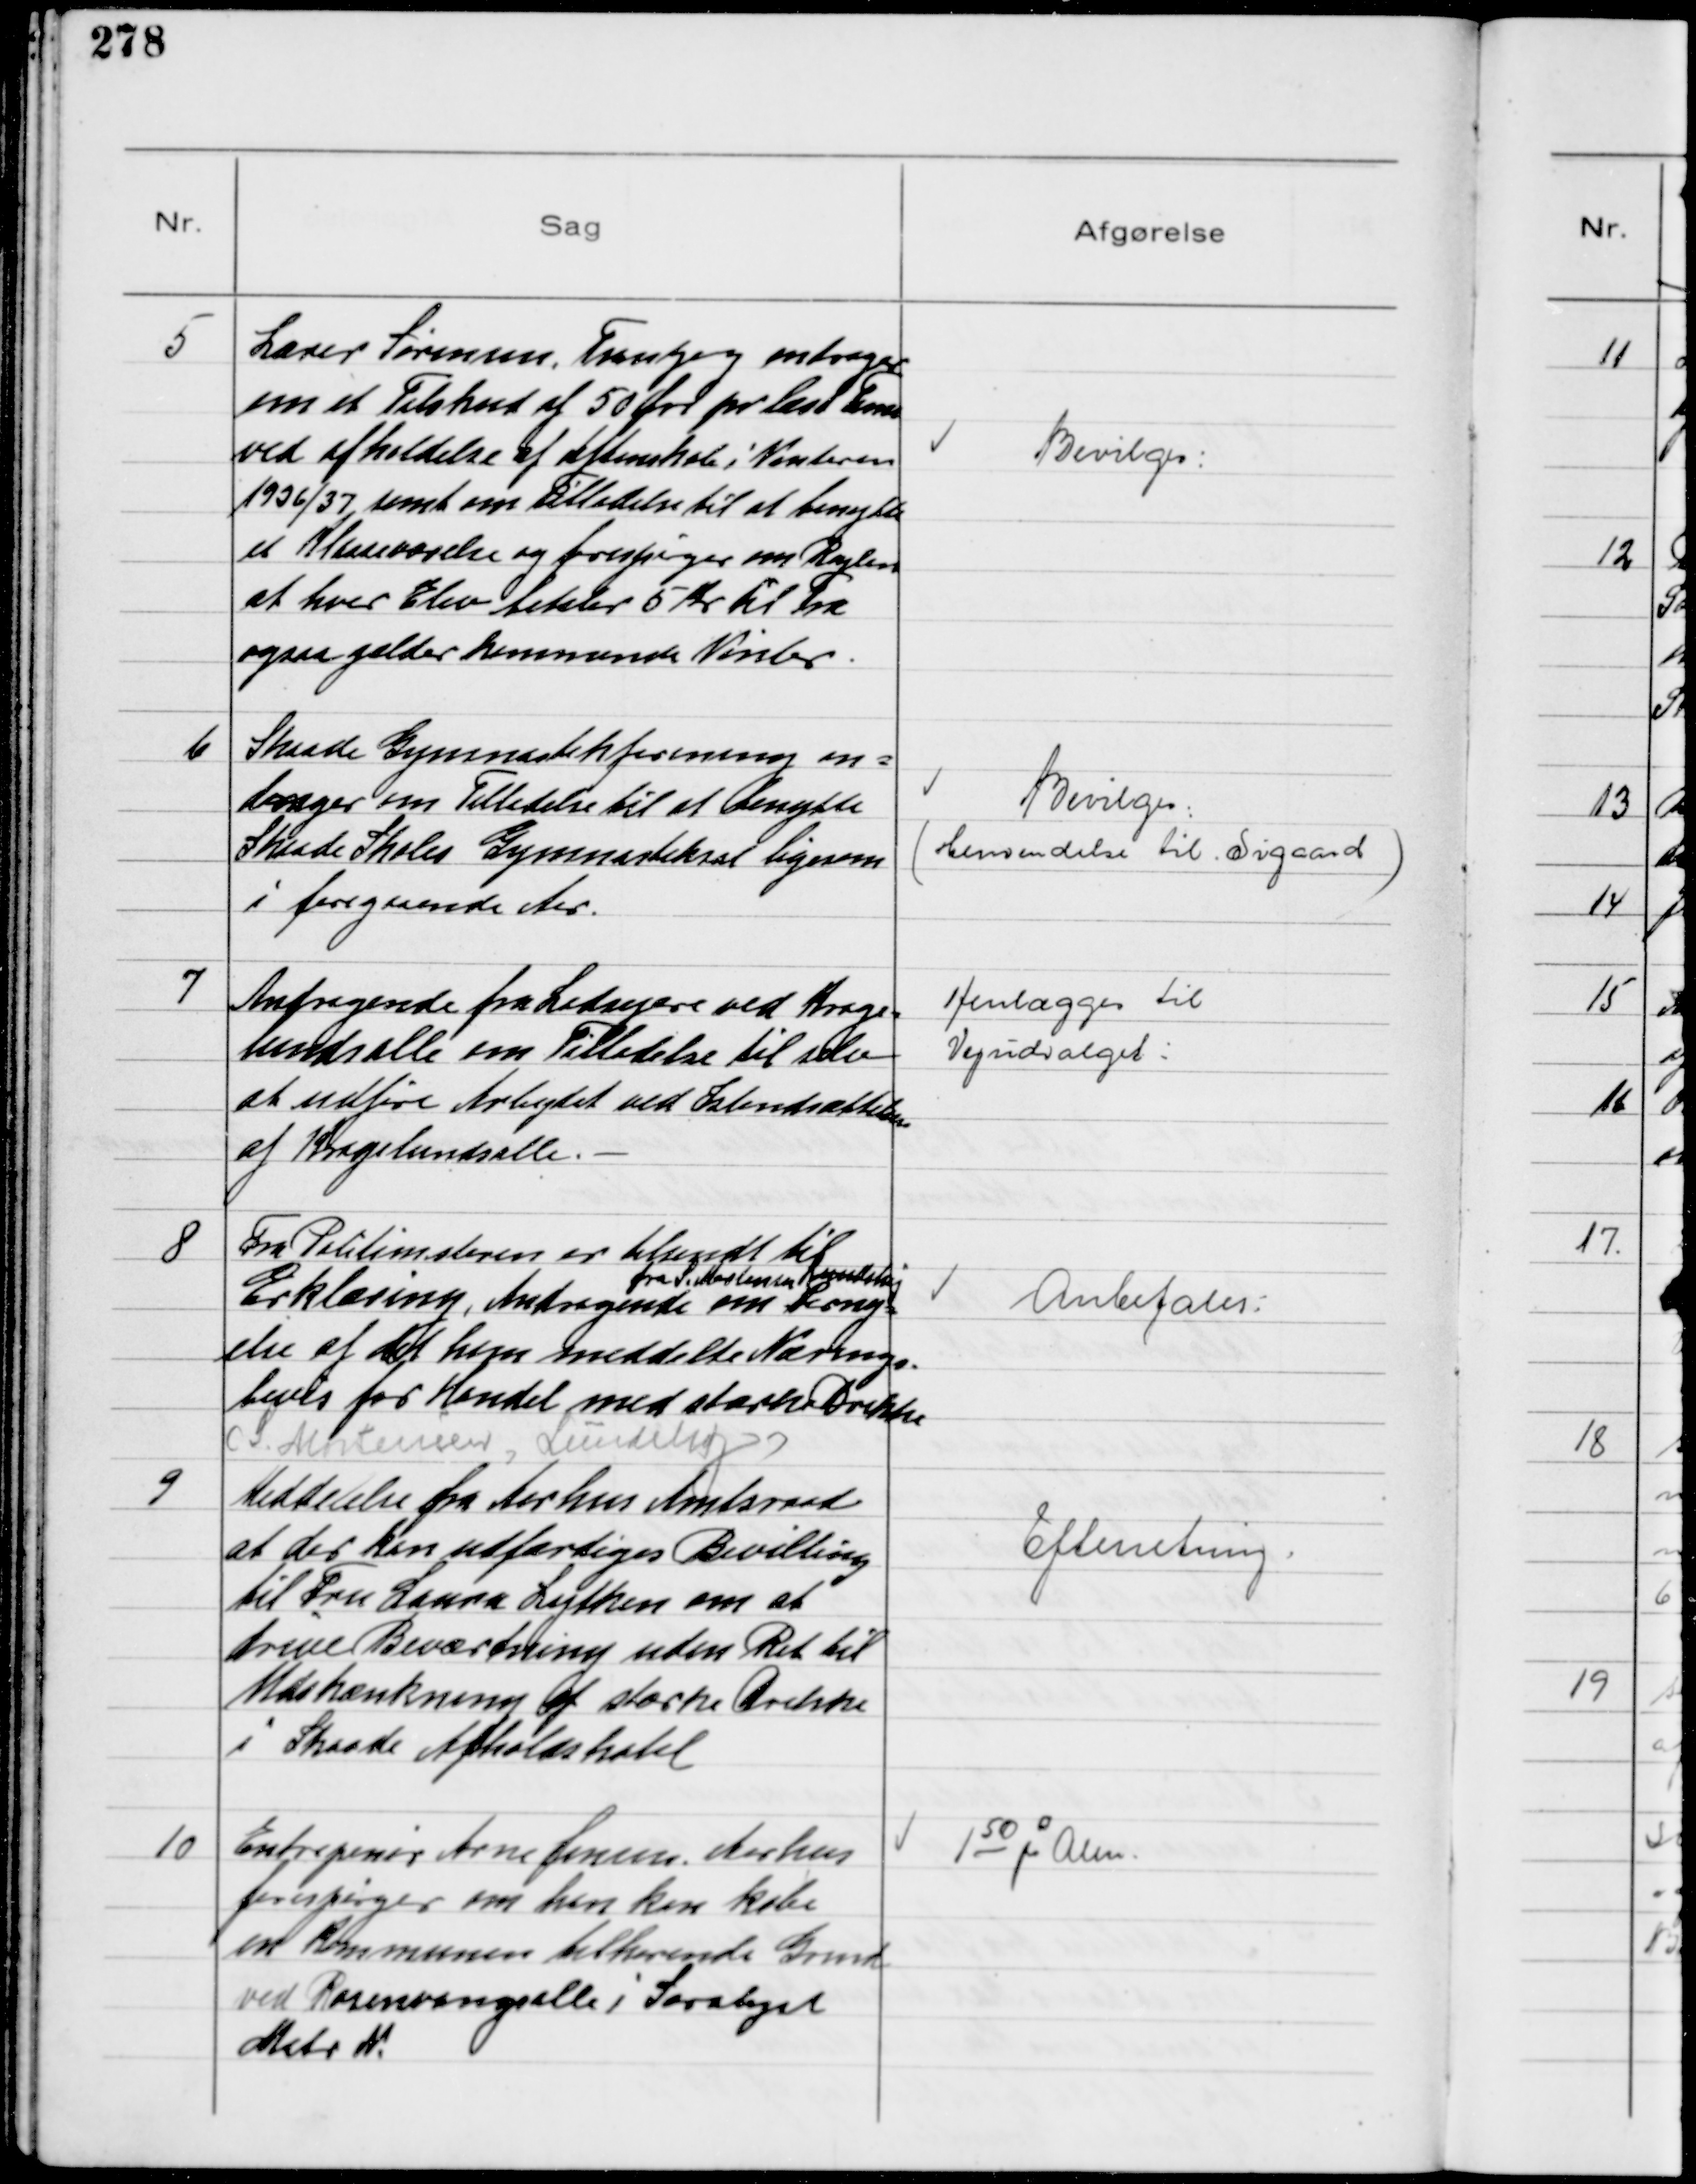
Transskription:
5
Lærer Sørensen, Tranbjerg andrager
om et Tilskud af 50 Øre pr læst Time
ved afholdelse af Aftenskole i Vinteren
1936/37, samt om Tilladelse til at benytte
et Klasseværelse og forespørger om Reglen
at hver Elev betaler 5 Kr til Træ
ogsaa gælder kommende Vinter

Bevilges

6
Skaade Gymnastikforening an-
drager om Tilladelse til at benytte
Skaade Skoles Gymnastiksal ligesom
i foregaaende Aar.

Bevilges
(henvendelse til Sigaard)

7
Andragende fra Lodsejere ved Krage-
lundsalle om Tilladelse til selv
at udføre Arbejdet ved Istandsættelse
af Kragelundsalle. -

Henlægges til
Vejudvalget

8
Fra Politimesteren er tilsendt til
Erklæring, Andragende
fra S. Mortensen Lundshøj
om Forny-
else af det ham meddelte Nærings-
bevis for Handel med stærke Drikke
(S. Mortensen, Lundshøj)

Anbefales

9
Meddelelse fra Aarhus Amtsraad
at der kan udfærdiges Bevilling
til Fru Laura Lytken om at
drive Beværtning uden Ret til
Udskænkning af stærke Drikke
i Skaade Afholdshotel

Efterretning

10
Entrepenør Arne Jensen Aarhus
forespørger om han kan købe
en Kommunen tilhørende Grund
ved Rosenvangsalle i Saralyst
Matr N.

150 pr Alen